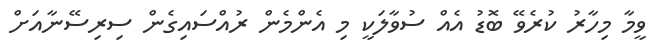
ވީމާ މިހާރު ކުރެވޭ ބޮޑު އެއް ސުވާލަކީ މި އެންމެން ރުއްސައިގެން ސިރިސޭނާއަށް